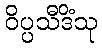
ဝိပ္ပသီဒိံသု